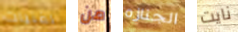
لفتيات من الجنازه نايت